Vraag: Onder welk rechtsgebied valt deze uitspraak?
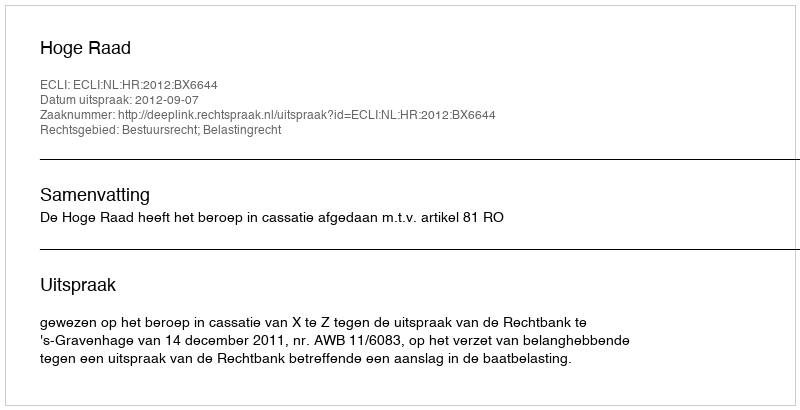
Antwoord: Bestuursrecht; Belastingrecht